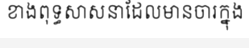
ខាងពុទ្ធសាសនាដែលមានចារក្នុង